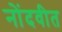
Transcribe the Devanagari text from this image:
नोंदवीत